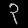
Digit: ၃